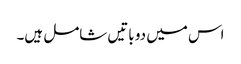
اس میں دو باتیں شامل ہیں۔